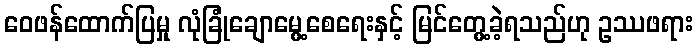
ဝေဖန်ထောက်ပြမှု လုံခြုံချောမွေ့စေရေးနှင့် မြင်တွေ့ခဲ့ရသည်ဟု ဥဿဖရား